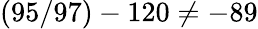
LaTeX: (95/97)-120\neq-89